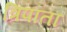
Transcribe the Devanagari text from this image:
त्रिपाता